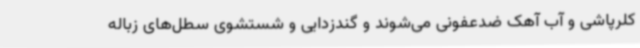
کلرپاشی و آب آهک ضدعفونی می‌شوند و گندزدایی و شستشوی سطل‌های زباله